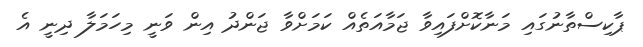
ޕާކިސްތާނުގައި މަނާކޮށްފައިވާ ޖަމާއަތެއް ކަމަށްވާ ޖަންދު އިން ވަނީ މިހަމަލާ ދިނީ އެ